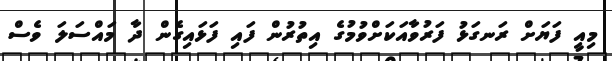
މިއީ ފަޔަށް ރަނގަޅު ފަރުވާއަކަށްވުމުގެ އިތުރުން ފައި ފަޅައިގެން ދާ މައްސަލަ ވެސް